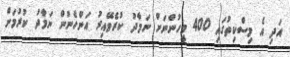
އަދި އެ މިސްކިތުގައި 400 މީހުންނަށް ނަމާދު ކުރެވޭއިރު އަންހެނުން ނަމާދު ކުރުމަށް